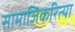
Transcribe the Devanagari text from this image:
सामाजिकरित्या